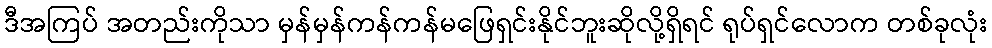
ဒီအကြပ် အတည်းကိုသာ မှန်မှန်ကန်ကန်မဖြေရှင်းနိုင်ဘူးဆိုလို့ရှိရင် ရုပ်ရှင်လောက တစ်ခုလုံး